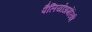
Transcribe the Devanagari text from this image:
पैलियोअमेरिकी